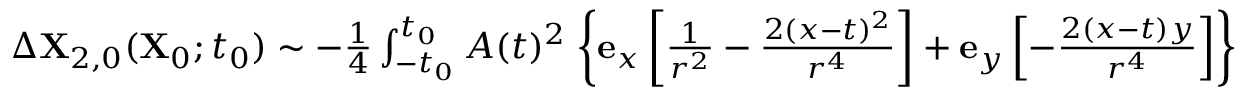
\begin{array} { r } { \Delta \mathbf { X } _ { 2 , 0 } ( \mathbf { X } _ { 0 } ; t _ { 0 } ) \sim - \frac { 1 } { 4 } \int _ { - t _ { 0 } } ^ { t _ { 0 } } A ( t ) ^ { 2 } \left. \left\{ \mathbf { e } _ { x } \left[ \frac { 1 } { r ^ { 2 } } - \frac { 2 ( x - t ) ^ { 2 } } { r ^ { 4 } } \right] + \mathbf { e } _ { y } \left[ - \frac { 2 ( x - t ) y } { r ^ { 4 } } \right] \right\} \right\vert _ { \mathbf { X } _ { 0 } } \, d t , } \end{array}